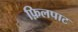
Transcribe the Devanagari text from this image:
फ़िलपाट